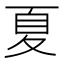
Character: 夏